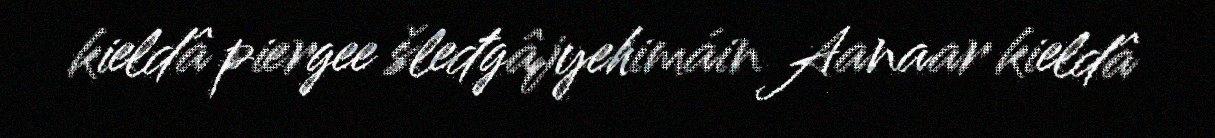
kieldâ piergee šleđgâjyehimáin Aanaar kieldâ